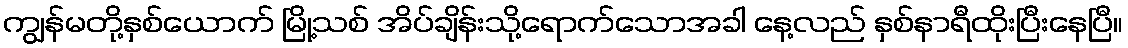
ကျွန်မတို့နှစ်ယောက် မြို့သစ် အိပ်ချိန်းသို့ရောက်သောအခါ နေ့လည် နှစ်နာရီထိုးပြီးနေပြီ။